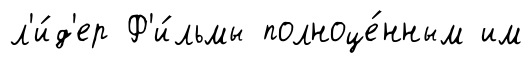
л'и́д'ер Ф'и́льмы полноце́нным им